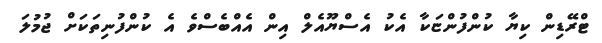
ޓްރޭޑިން ކިޔާ ކުންފުންޏަކާ އެކު އެސްޔޫއެލް އިން އެއްބެސްވެ އެ ކުންފުނިތަކަށް ޖުމުލަ